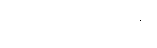
စိတ္တက္လေသေဟိ